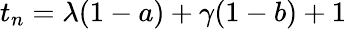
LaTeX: t_{n}=\lambda(1-a)+\gamma(1-b)+1